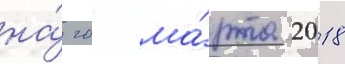
на́ 20 ма́рта 2018